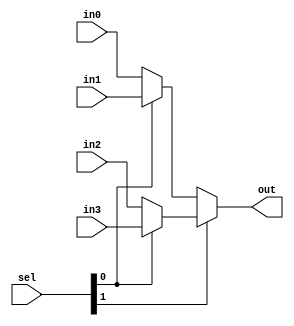
`timescale 1ns / 1ps
//////////////////////////////////////////////////////////////////////////////////
// Company: 
// Engineer: 
// 
// Design Name: 
// Module Name: mux4x1
// Project Name: 
// Target Devices: 
// Tool Versions: 
// Description: 
// 
// Dependencies: 
// 
// Revision:
// Revision 0.01 - File Created
// Additional Comments:
// 
//////////////////////////////////////////////////////////////////////////////////


module mux4x1(in0,in1,in2,in3,sel,out);
input in0,in1,in2,in3; 
output  out; 
input [1:0] sel; 
assign out=sel[1]?(sel[0]?in3:in2):(sel[0]?in1:in0); 
endmodule